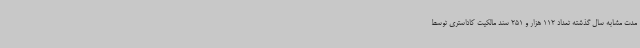
مدت مشابه سال گذشته تعداد 112 هزار و 251 سند مالکیت کاداستری توسط